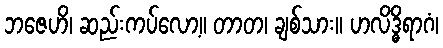
ဘဇေဟိ၊ ဆည်းကပ်လော့။ တာတ၊ ချစ်သား။ ဟလိဒ္ဓိရာဂံ၊